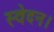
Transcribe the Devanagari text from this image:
स्वेदन।